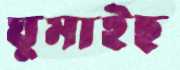
ঘুমাইছ